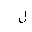
Letter: _lam